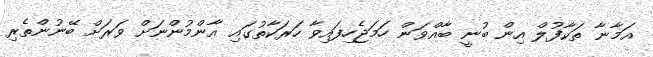
އަމާނާ ތަކާފުލް އިން ބުނީ ބާއްވަން ހަމަޖެހިފައިވާ ހަރަކާތުގައި އާންމުންނަށް ވަރަށް ބޭނުންތެރި